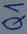
Text: Q1